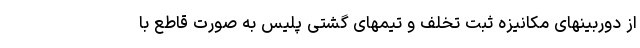
از دوربینهای مکانیزه ثبت تخلف و تیمهای گشتی پلیس به صورت قاطع با